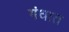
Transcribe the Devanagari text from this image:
गंधात